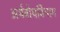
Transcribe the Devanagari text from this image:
अर्थबोधविभाग